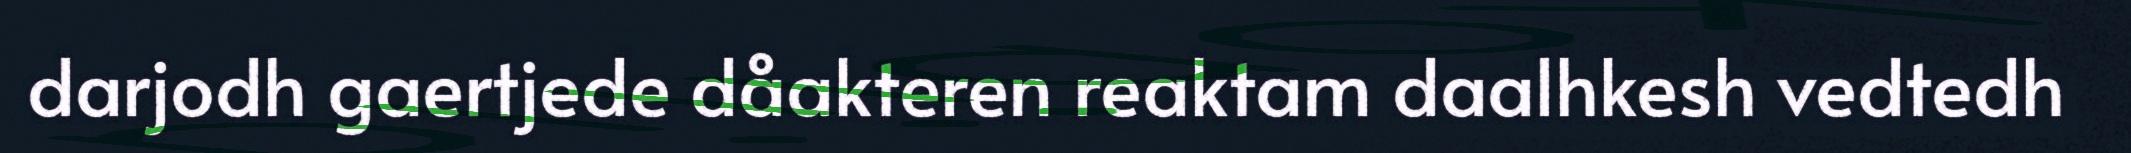
darjodh gaertjede dåakteren reaktam daalhkesh vedtedh